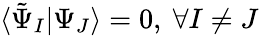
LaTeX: \langle\tilde{\Psi}_{I}|\Psi_{J}\rangle=0,~\forall I\neq J